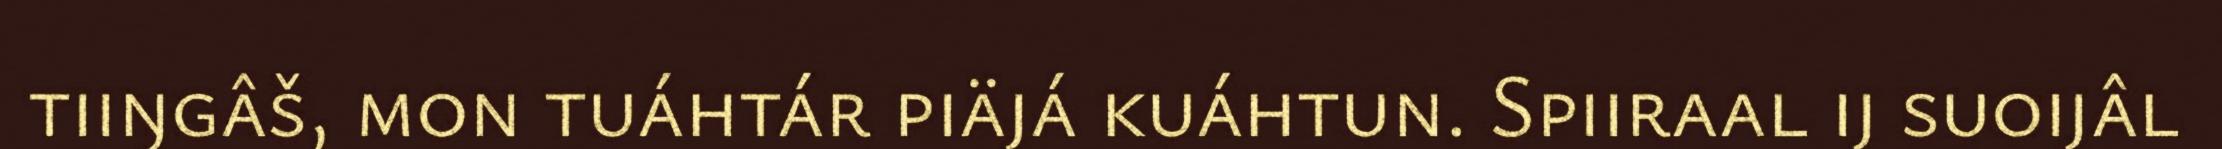
tiiŋgâš, mon tuáhtár piäjá kuáhtun. Spiiraal ij suoijâl